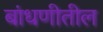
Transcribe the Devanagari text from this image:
बांधणीतील